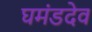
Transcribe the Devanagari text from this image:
घमंडदेव